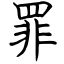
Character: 罪